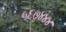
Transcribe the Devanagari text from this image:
५६७४४४